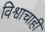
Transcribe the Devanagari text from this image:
विश्वाचाही